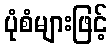
ပုံစံများဖြင့်